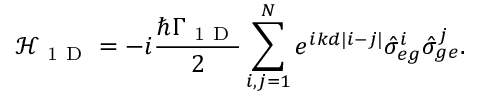
\mathcal { H } _ { \mathrm { ~ 1 ~ D ~ } } = - i \frac { \hbar \Gamma _ { \mathrm { ~ 1 ~ D ~ } } } { 2 } \sum _ { i , j = 1 } ^ { N } e ^ { i k d | i - j | } \hat { \sigma } _ { e g } ^ { i } \hat { \sigma } _ { g e } ^ { j } .